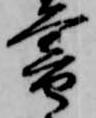
暮